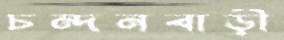
চন্দনবাড়ী